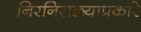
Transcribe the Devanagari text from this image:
निरनिराळ्याप्रकारे